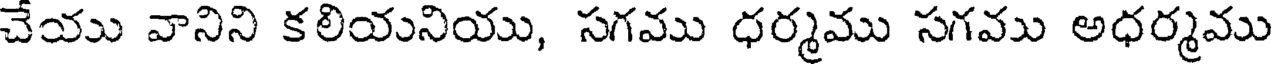
చేయు వానిని కలియనియు, సగము ధర్మము సగము అధర్మము